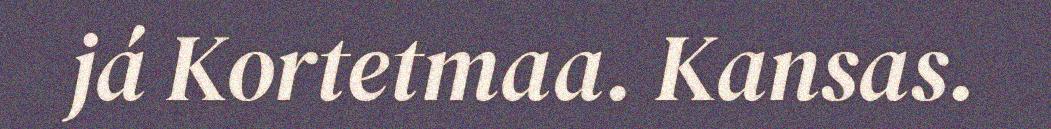
já Kortetmaa. Kansas.